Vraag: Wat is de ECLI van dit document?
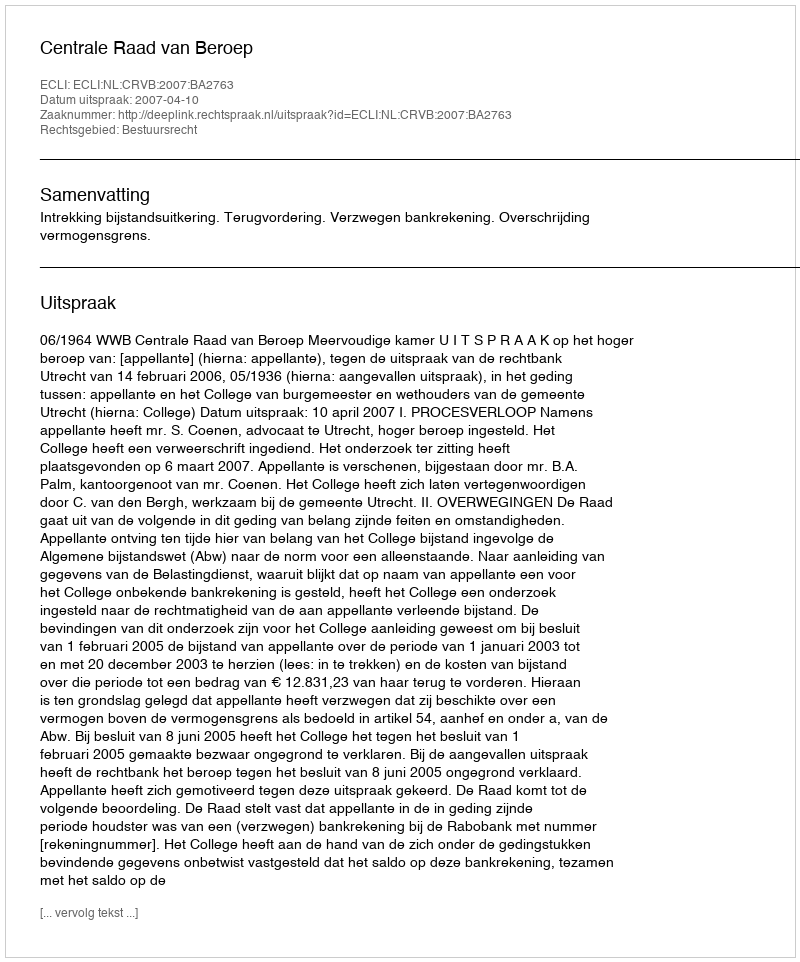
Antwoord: ECLI:NL:CRVB:2007:BA2763